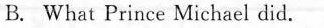
B. What Prince Michael did.